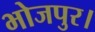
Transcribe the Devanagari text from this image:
भोजपुर।